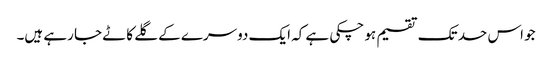
جو اس حد تک تقسیم ہو چکی ہے کہ ایک دوسرے کے گلے کاٹے جا رہے ہیں۔